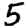
Digit: 5